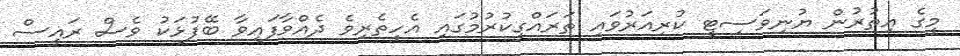
މީގެ އިތުރުން ޔުނިވަސިޓީ ކުރިއަރުވައި ތަރައްގީކުރުމުގައި އެހީތެރިވެ ދެއްވާފައިވާ ބޭފުޅަކު ވެސް ރައީސް